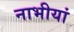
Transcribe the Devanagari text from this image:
नाभीयां